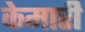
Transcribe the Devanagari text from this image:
केमारी